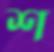
শ